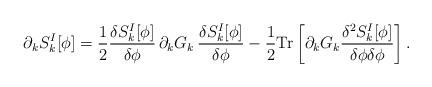
LaTeX: \begin{align*}\partial_k S_{k}^I [\phi]={1\over2}{\delta S_{k}^I [\phi]\over \delta\phi} \, \partial_k G_k \, {\delta S_{k}^I [\phi]\over \delta\phi} -{1\over2} {\mathrm{Tr}}\left[\partial_k G_k {\delta^2 S_{k}^I [\phi]\over \delta\phi\delta\phi}\right].\end{align*}